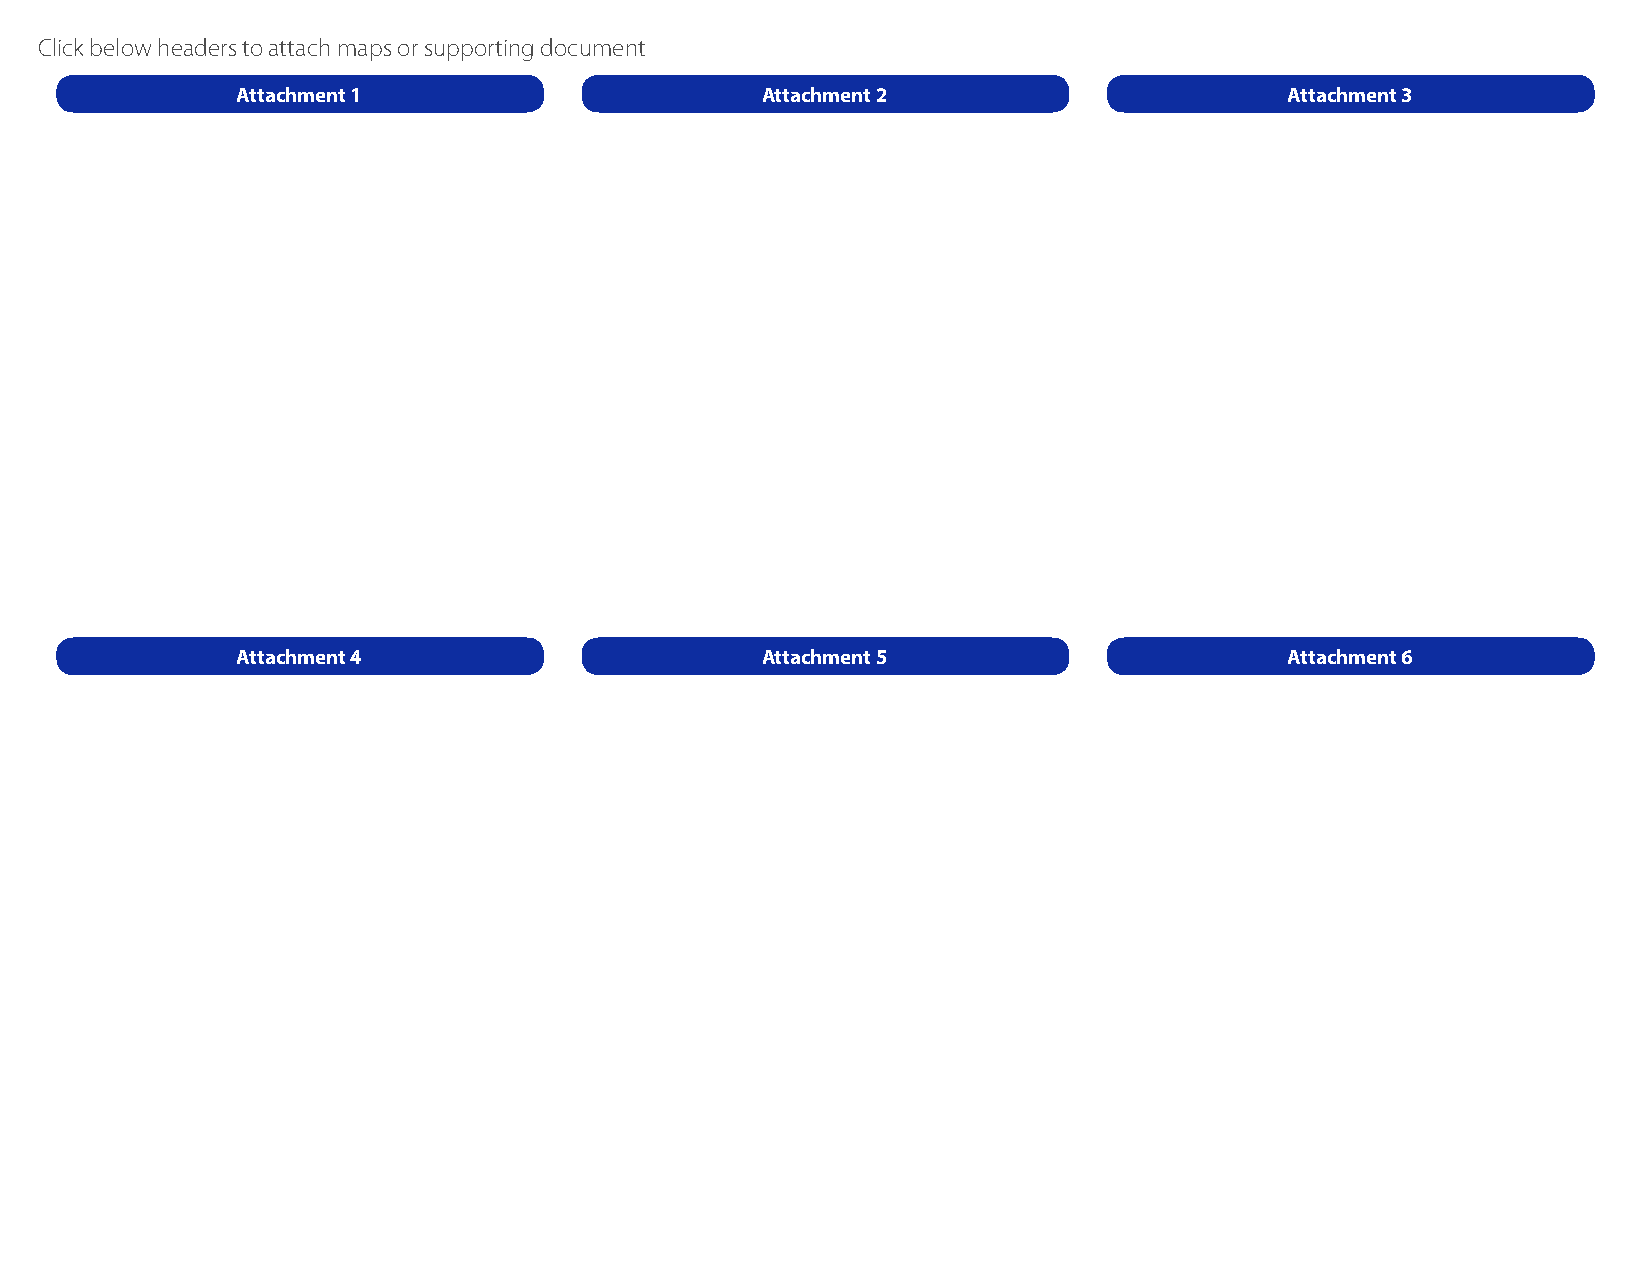
Click below headers to attach maps or supporting document
 Attachment 1                      Attachment 2                       Attachment 3
 Attachment 4                      Attachment 5                       Attachment 6